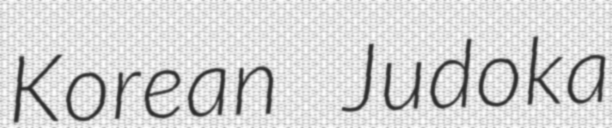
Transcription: Korean Judoka